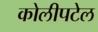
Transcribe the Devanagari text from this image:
कोलीपटेल